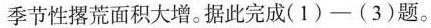
季节性撂荒面积大增。据此完成(1)-(3)题。